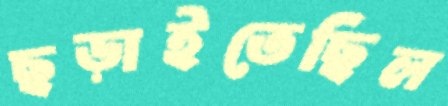
ছড়াইতেছিল